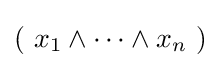
(~x_{1}\land \cdots \land x_{n}~)